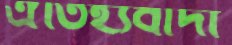
ঐতিহ্যবাদী